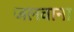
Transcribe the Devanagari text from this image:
जलवाना